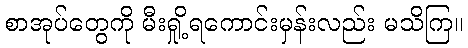
စာအုပ်တွေကို မီးရှို့ရကောင်းမှန်းလည်း မသိကြ။